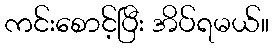
ကင်းစောင့်ပြီး အိပ်ရမယ်။